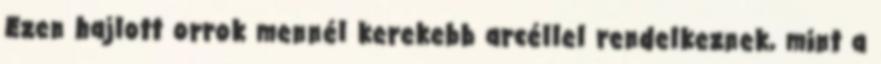
Ezen hajlott orrok mennél kerekebb arcéllel rendelkeznek, mint a